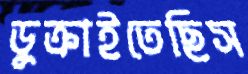
ডুক্‌রাইতেছিস